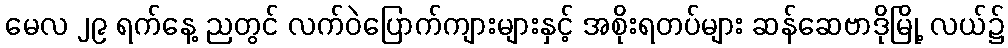
မေလ ၂၉ ရက်နေ့ ညတွင် လက်ဝဲပြောက်ကျားများနှင့် အစိုးရတပ်များ ဆန်ဆေဗာဒိုမြို့ လယ်၌